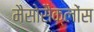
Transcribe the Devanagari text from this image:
मैसोसैक्लोंस